Veterinary regulations India, 1925 -
Year: 1925
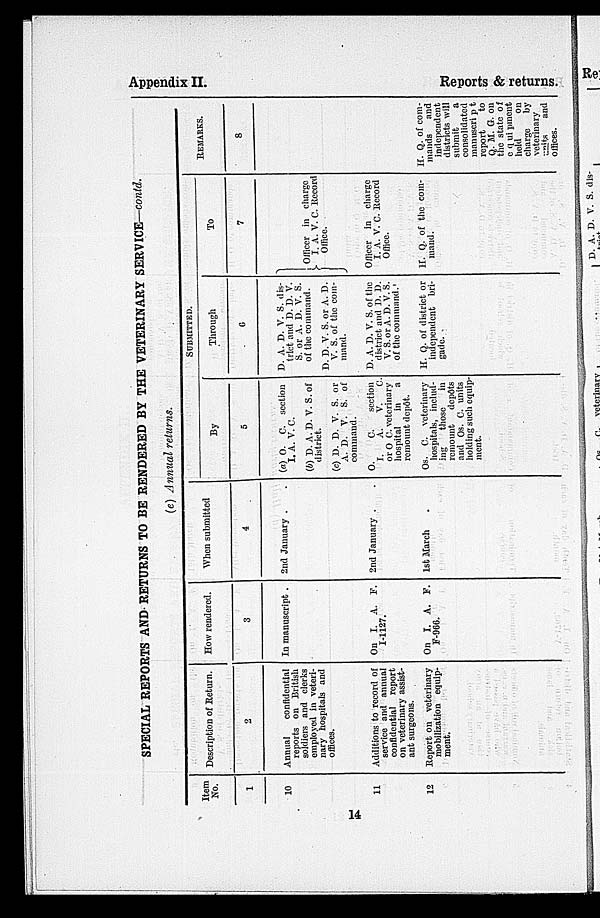
Appendix II.
Reports & returns.
SPECIAL REPORTS AND RETURNS TO BE RENDERED BY THE VETERINARY SERVICE—contd.
(e) Annual returns.
Item
No.
1
10
11
12
Description of Return.
2
Annual
confidential
reports on British
soldiers and clerks
employed in veteri-
nary hospitals and
offices.
Additions to record of
service and annual
confidential report
on veterinary assist-
ant surgeons.
Report on veterinary
mobilization equip-
ment.
How rendered.
3
In manuscript .
On I. A. P.
I-1127.
On I. A. F.
F-966.
When submitted
4
2nd January . .
2nd January . .
1st March .
SUBMITTED.
By
5
(a) O. C. section
I. A. V. C.
(b) D. A. D. V. S. of
district.
(c) D. D. V. S. or
A. D. V. S. of
command.
O.
C. section
I.
A. V. C.
or O C. veterinary
hospital
in a
remount depôt.
Os. C. veterinary
hospitals, includ-
ing
those in
remount
depôts
and Os. C. units
holding such equip-
ment.
Through
6
D. A. D. V. S. dis-
trict and D. D. V.
S. or A. D. V. S.
of the command.
D. D. V. S. or A. D.
V. S. of the com-
mand.
D. A. D. V. S. of the
district and D. D.
V. S. or A. D. V. S.
of the command.
H. Q. of district or
independent bri-
gade.
To
7
Officer in charge
I. A. V. C. Record
Office.
Officer in charge
I. A. V. C. Record
Office.
H. Q. of the com-
mand.
REMARKS.
8
H. Q. of com-
mands and
independent
districts will
submit
a
consolidated
manuscript
report
to
Q. M. G. on
the state of
equipment
hold
on
charge by
veterinary
units and
offices.
14